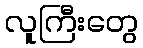
လူကြီးတွေ